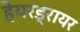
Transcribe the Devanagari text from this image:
हेयरड्रायर